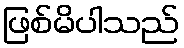
ဖြစ်မိပါသည်